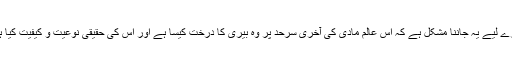
ہمارے لیے یہ جاننا مشکل ہے کہ اس عالم مادی کی آخری سرحد پر وہ بیری کا درخت کیسا ہے اور اس کی حقیقی نوعیت و کیفیت کیا ہے ۔